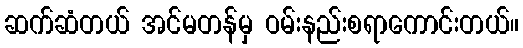
ဆက်ဆံတယ် အင်မတန်မှ ဝမ်းနည်းစရာကောင်းတယ်။